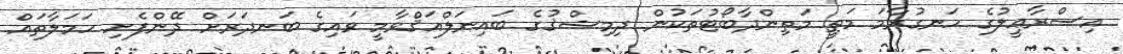
އިސްރާޢީލުގެ ހަނގުރާމަ މަތީ މަތިންދާބޯޓުތަކުން ދިމިޝްޤުގެ ބައިނަލްއަޤްވާމީ ވައިގެ ބަނދަރަށް ދޭންފެށި ހަމަލާތައް